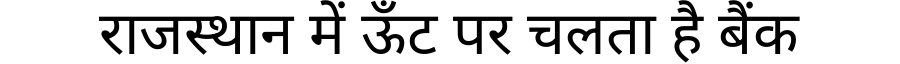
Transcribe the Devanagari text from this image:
राजस्थान में ऊँट पर चलता है बैंक